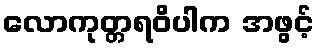
လောကုတ္တရဝိပါက အဖွင့်